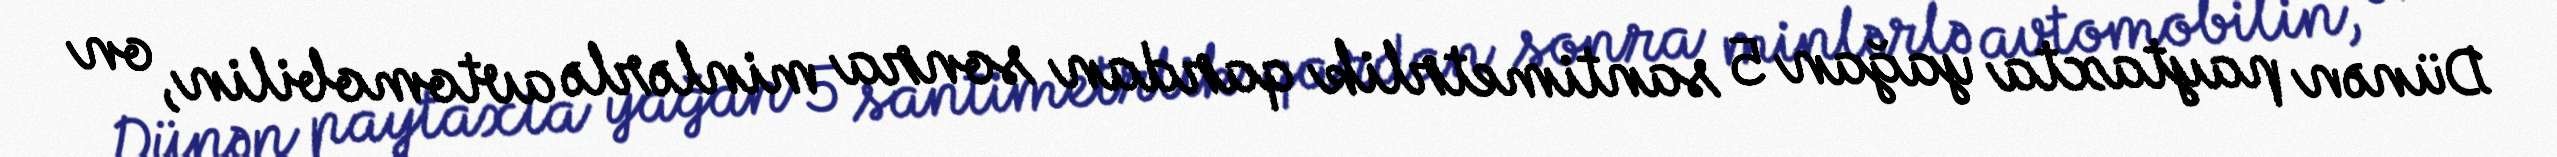
Dünən paytaxta yağan 5 santimetrlik qardan sonra minlərlə avtomobilin, on